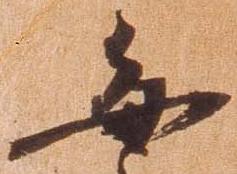
毎